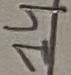
Text: 14